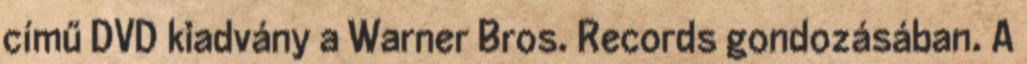
című DVD kiadvány a Warner Bros. Records gondozásában. A